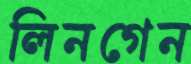
লিনগেন